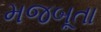
મજબૂતા